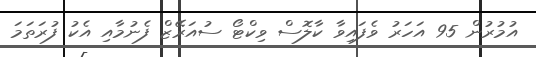
އުމުރުން 95 އަހަރު ވެފައިވާ ކާލޮސް ވިކްޓޯ ސުއަރޭޒް ފެނުމާއި އެކު ފުރަތަމަ